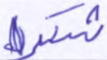
شكرا